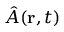
\hat { A } ( { \bf r } , t )